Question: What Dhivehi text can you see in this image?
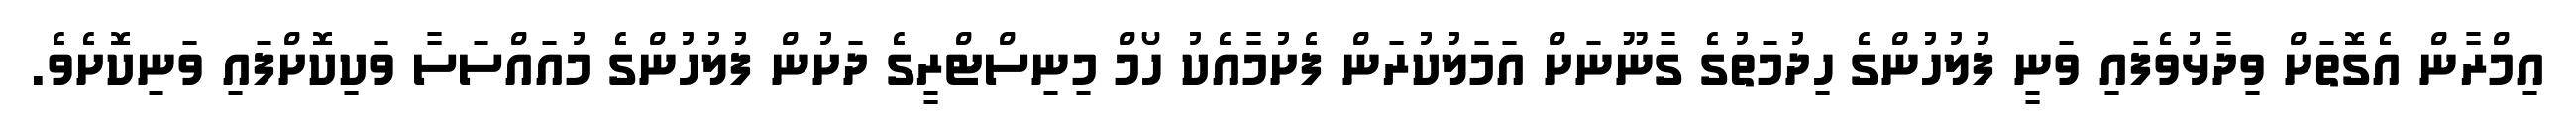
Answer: އިމްރާން އެގޮތަށް ވިދާޅުވެފައި ވަނީ ފުލުހުންގެ ހިދުމަތުގެ ގާނޫނަށް އަމަލުކުރަން ފެށުމާއެކު ހޯމް މިނިސްޓްރީގެ ދަށުން ފުލުހުންގެ މުއައްސަސާ ވަކިކޮށްފައި ވަނިކޮށެވެ.